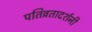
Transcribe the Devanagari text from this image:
पतिव्रतादर्शनी